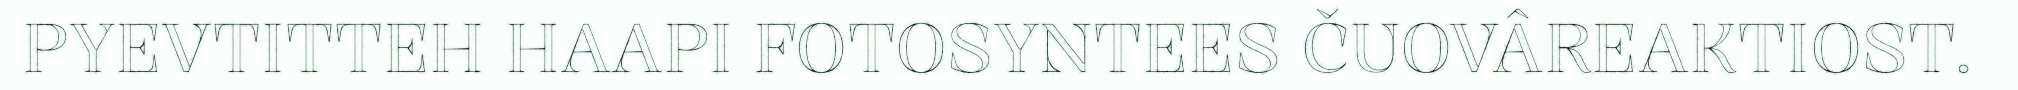
PYEVTITTEH HAAPI FOTOSYNTEES ČUOVÂREAKTIOST.